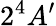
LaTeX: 2^{4}A^{\prime}